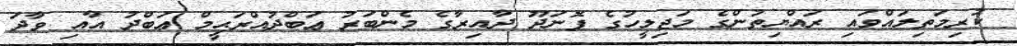
ކުރިމަތިލައްވައި ރައްޔިތުންގެ މަޖިލީހުގެ ފޮނަދޫ ދާއިރާގެ މެންބަރު ޢަބްދުއްރަޙީމް ޢަބްދު އާއި ވާދަ